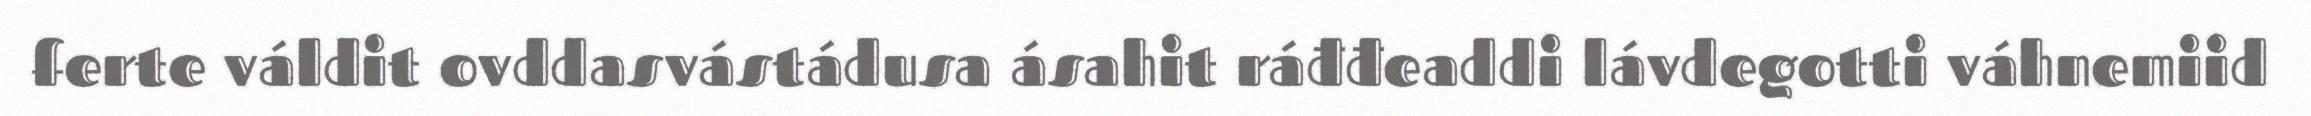
ferte váldit ovddasvástádusa ásahit ráđđeaddi lávdegotti váhnemiid